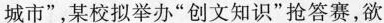
城市”，某校拟举办”创文知识”抢答赛，欲